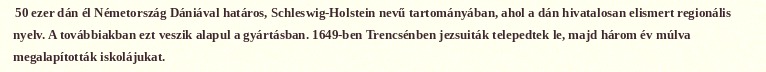
50 ezer dán él Németország Dániával határos, Schleswig-Holstein nevű tartományában, ahol a dán hivatalosan elismert regionális nyelv. A továbbiakban ezt veszik alapul a gyártásban. 1649-ben Trencsénben jezsuiták telepedtek le, majd három év múlva megalapították iskolájukat.